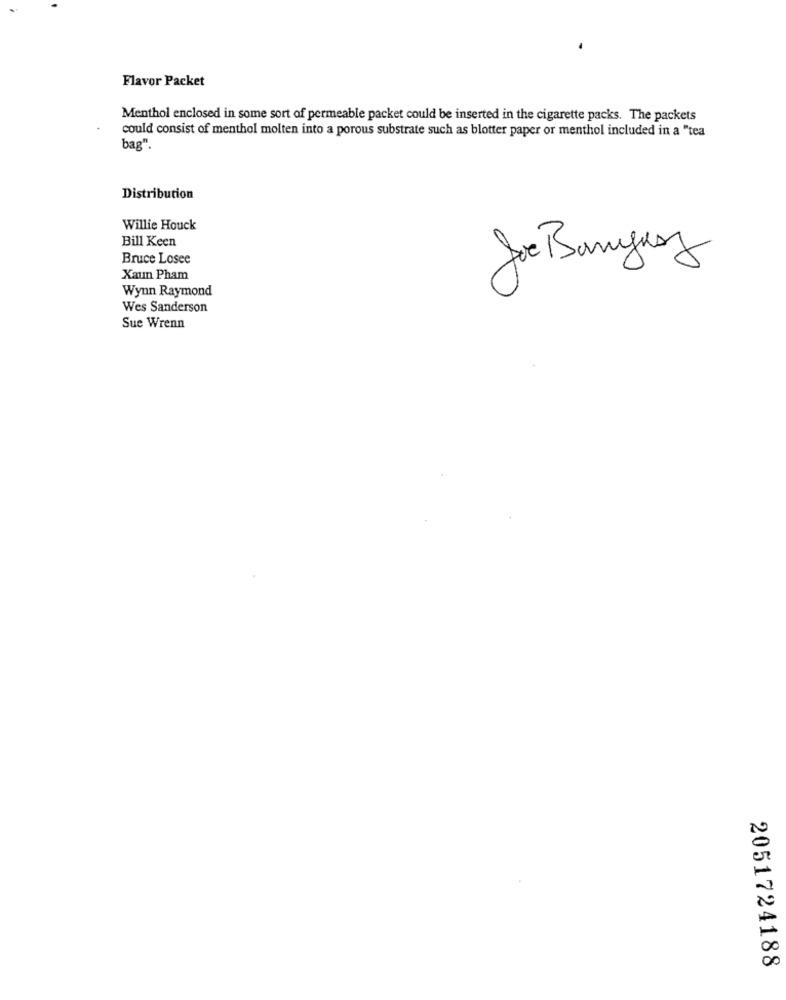
Flavor Packet
Menthol enclosed in some sort of permeable packet could be inserted in the cigarette packs. The packets
could consist of menthol molten into a porous substrate such as blotter paper or menthol included in a "tea
bag".
Distribution
Willie Houck
Bill Keen
Bruce Losee
Joe Banjuez
Xaun Pham
Wynn Raymond
Wes Sanderson
Sue Wrenn
2051724188